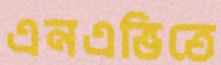
এনএভিতে